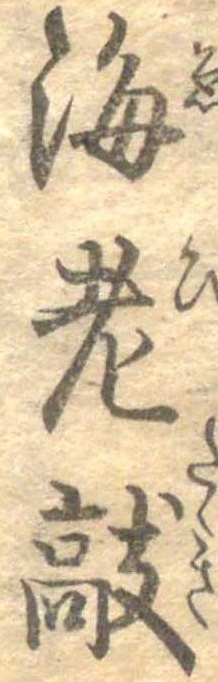
海老敲